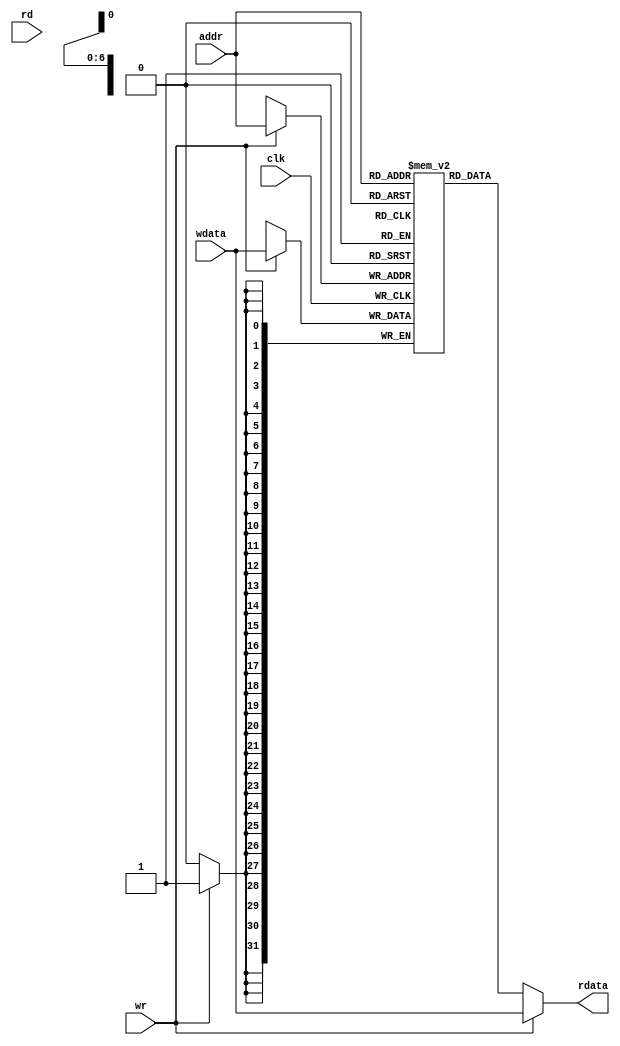
// This program was cloned from: https://github.com/jmahler/mips-cpu
// License: GNU General Public License v3.0

/*
 * Data Memory.
 *
 * 32-bit data with a 7 bit address (128 entries).
 *
 * The read and write operations operate somewhat independently.
 *
 * Any time the read signal (rd) is high the data stored at the
 * given address (addr) will be placed on 'rdata'.
 *
 * Any time the write signal (wr) is high the data on 'wdata' will
 * be stored at the given address (addr).
 * 
 * If a simultaneous read/write is performed the data written
 * can be immediately read out.
 */

`ifndef _dm
`define _dm

module dm(
		input wire			clk,
		input wire	[6:0]	addr,
		input wire			rd, wr,
		input wire 	[31:0]	wdata,
		output wire	[31:0]	rdata);

	reg [31:0] mem [0:127];  // 32-bit memory with 128 entries

	always @(posedge clk) begin
		if (wr) begin
			mem[addr] <= wdata;
		end
	end

	assign rdata = wr ? wdata : mem[addr][31:0];
	// During a write, avoid the one cycle delay by reading from 'wdata'

endmodule

`endif